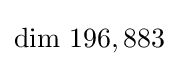
{\text{dim}}{\text{ }}196,883